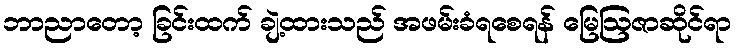
ဘာညာတော့ ခြင်းထက် ချဲ့ထားသည် အဖမ်းခံရစေရန် မြေဩဇာဆိုင်ရာ